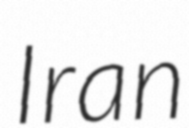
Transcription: Iran